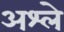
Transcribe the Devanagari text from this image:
अश्ले